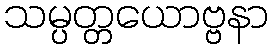
သမ္ပတ္တယောဗ္ဗနာ